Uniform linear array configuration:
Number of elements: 24
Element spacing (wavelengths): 1
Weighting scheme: hann
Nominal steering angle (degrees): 30
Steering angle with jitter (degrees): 28.241
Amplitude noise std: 0.05
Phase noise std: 0.05

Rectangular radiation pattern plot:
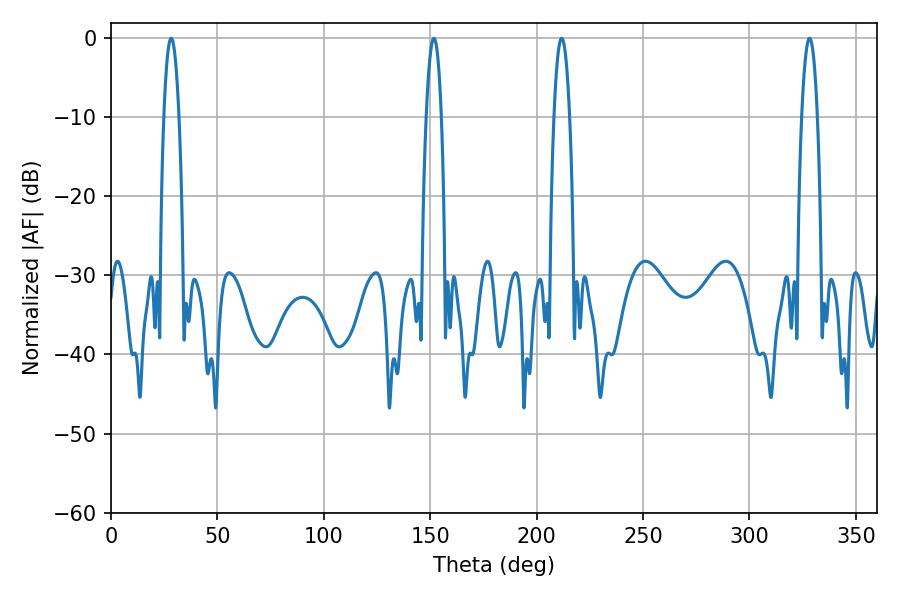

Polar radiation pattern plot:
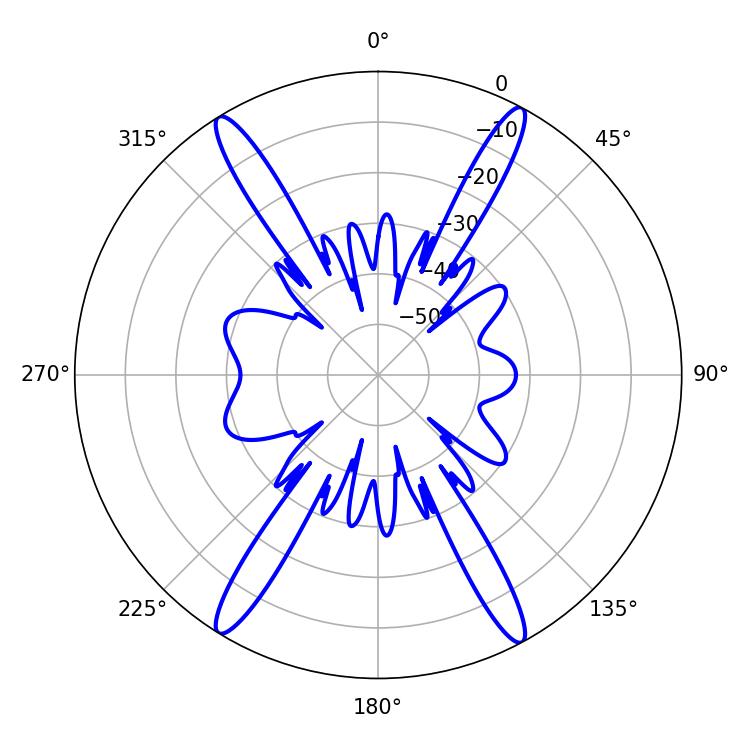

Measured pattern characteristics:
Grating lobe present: TRUE
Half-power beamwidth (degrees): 3.96
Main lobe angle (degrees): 28.26